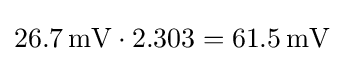
26.7\,\mathrm {mV} \cdot 2.303=61.5\,\mathrm {mV}